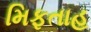
મિફતાહ